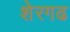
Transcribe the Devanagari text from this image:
शेरगढ